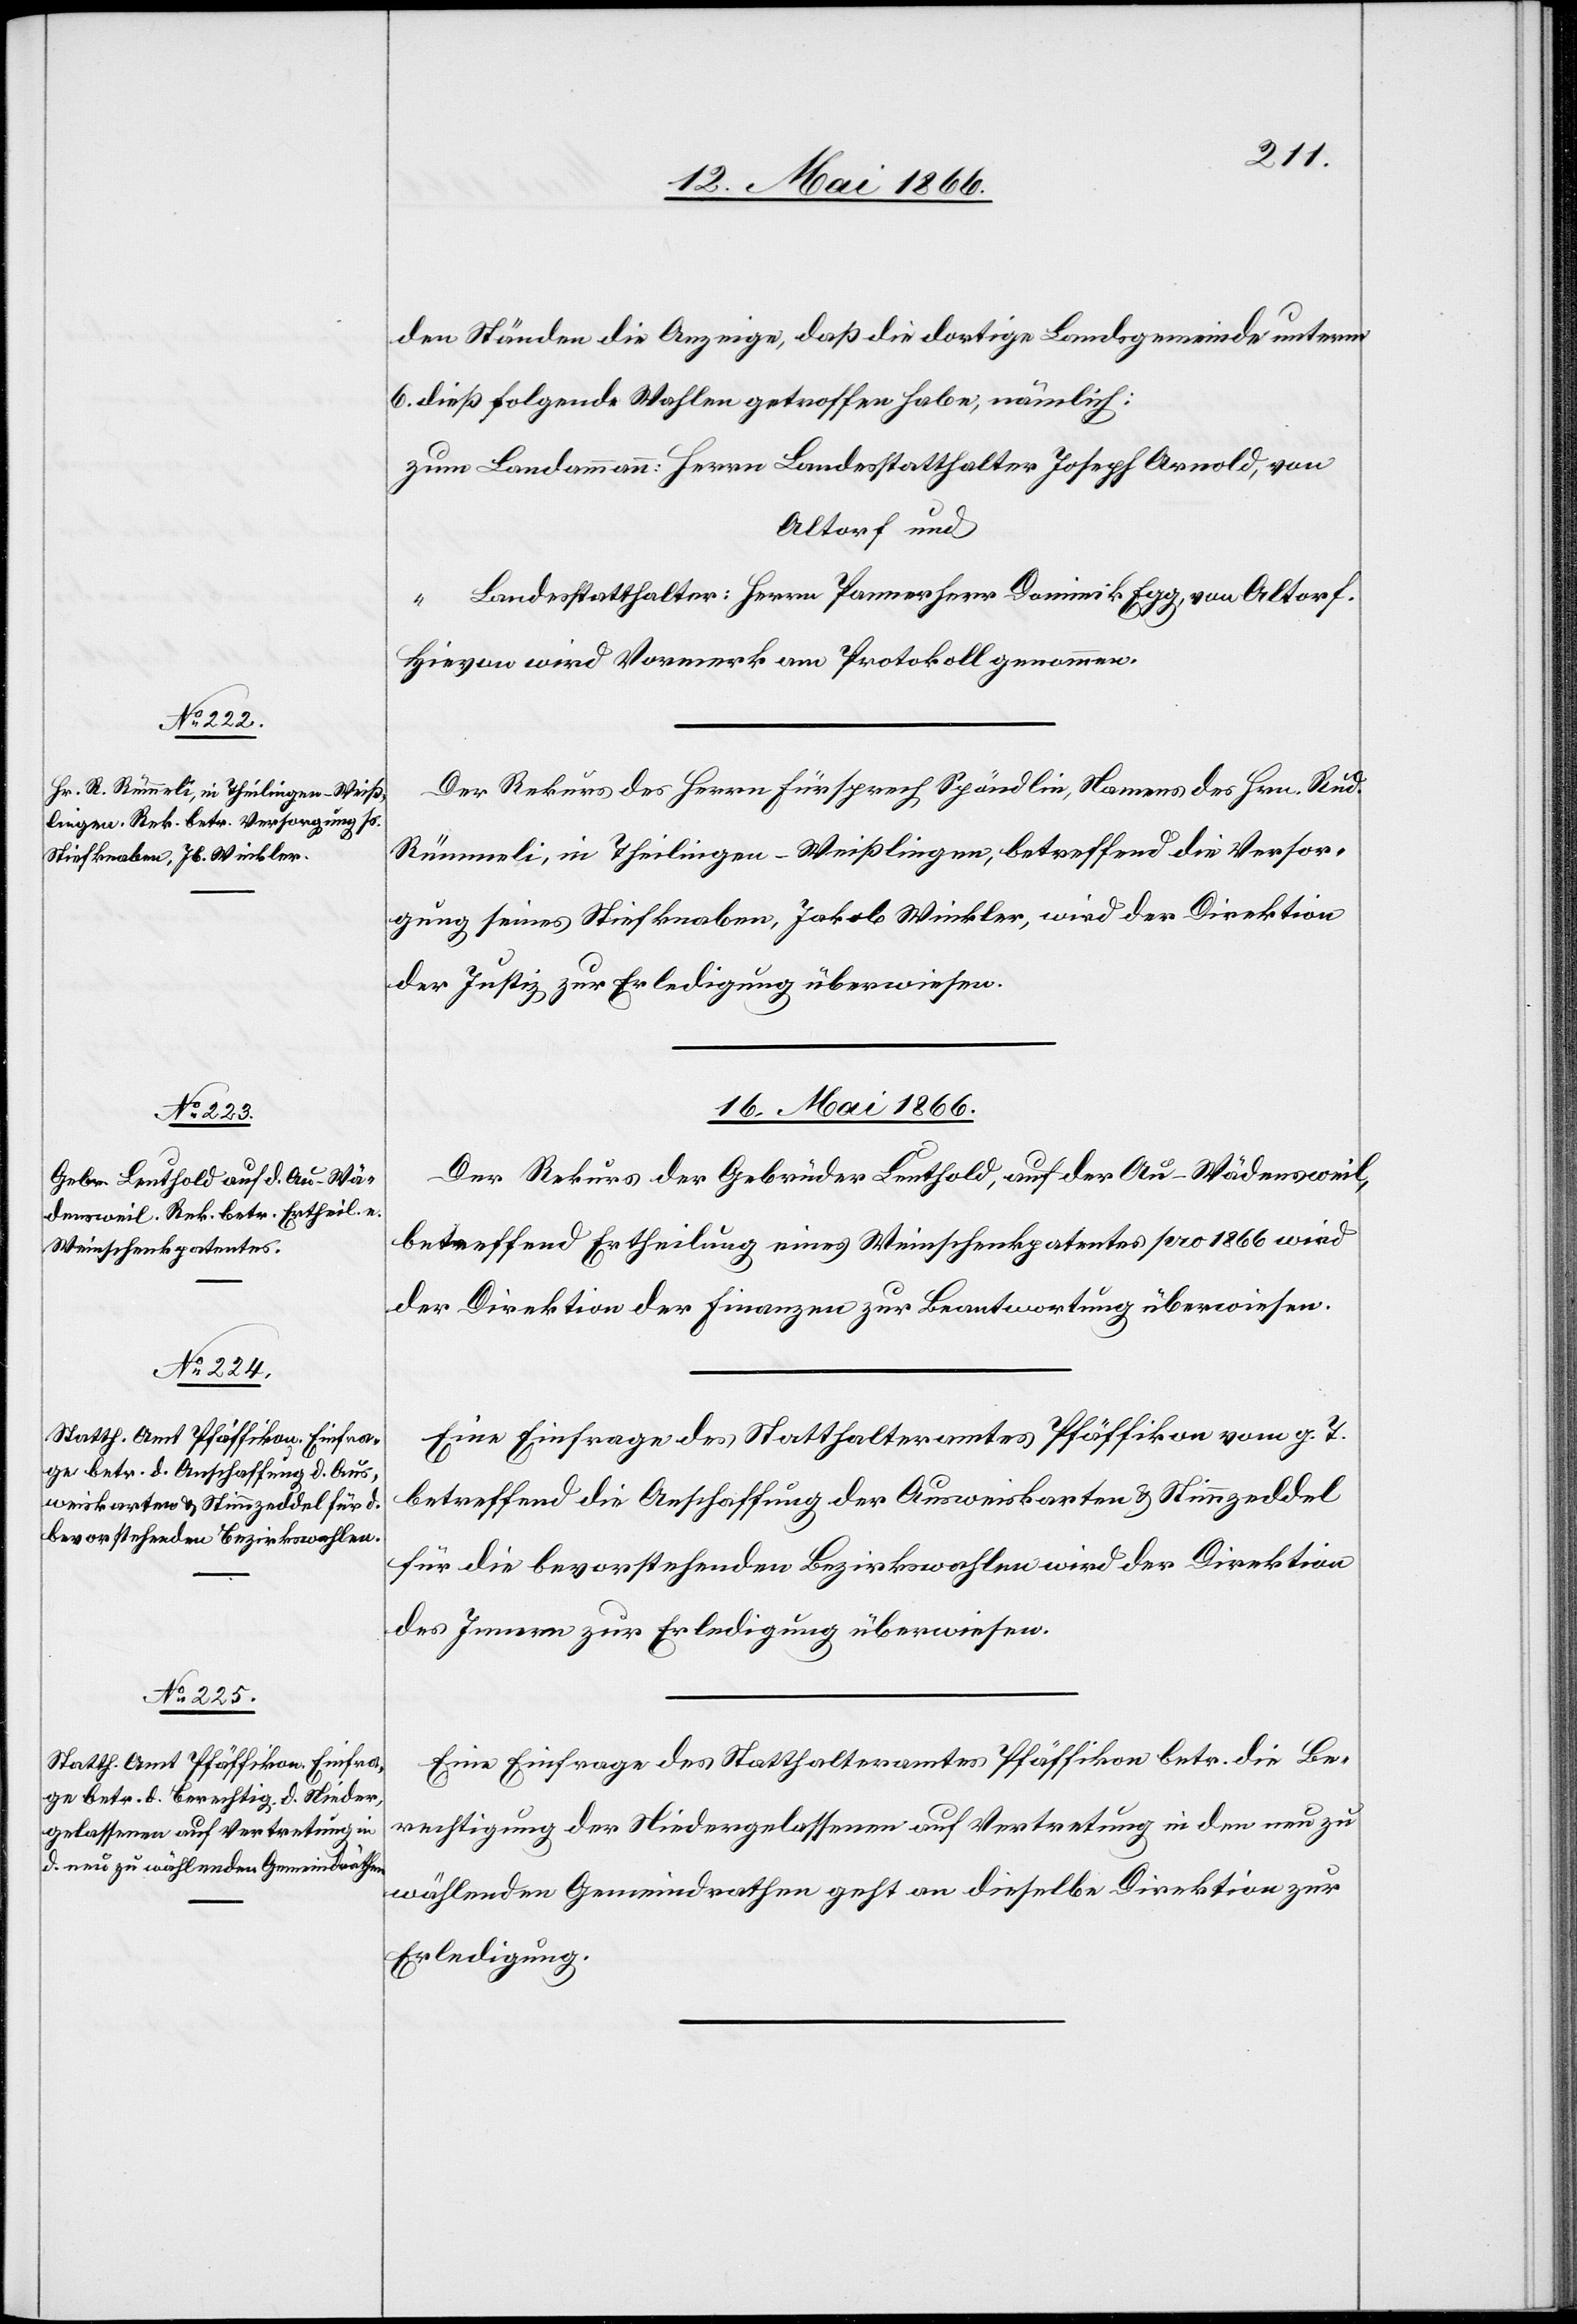
den Ständen die Anzeige, daß die dortige Landsgemeinde unterm
6. dieß folgende Wahlen getroffen habe, nämlich:
zum Landammann: Herrn Landesstatthalter Joseph Arnold, von
Altorf und
“ Landesstatthalter: Herrn Pannerherr Dominik Egg, von Altorf.
Hievon wird Vormerk am Protokoll genommen.
Der Rekurs des Herrn Fürsprech Spöndli, Namens des Hrn. Rud.
Rümmeli, in Theilingen-Weißlingen, betreffend die Versor¬
gung seines Stiefknaben, Jakob Winkler, wird der Direktion
der Justiz zur Erledigung überwiesen.
16. Mai 1866.]
Der Rekurs der Gebrüder Leuthold, auf der Au-Wädensweil,
betreffend Ertheilung eines Weinschenkpatentes pro 1866 wird
der Direktion der Finanzen zur Beantwortung überwiesen.
Eine Einfrage des Statthalteramtes Pfäffikon vom g. T.
betreffend die Anschaffung der Ausweiskarten u. Stimmzeddel
für die bevorstehenden Bezirkswahlen wird der Direktion
des Innern zur Erledigung überwiesen.
Eine Einfrage des Statthalteramtes Pfäffikon betr. die Be¬
rechtigung der Niedergelassenen auf Vertretung in den neu zu
wählenden Gemeindrathen [sic!] geht an dieselbe Direktion zur
Erledigung.